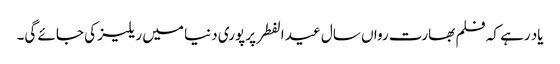
یاد رہے کہ فلم بھارت رواں سال عید الفطر پر پوری دنیا میں ریلیز کی جائے گی۔